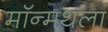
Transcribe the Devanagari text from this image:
मॉन्मथला